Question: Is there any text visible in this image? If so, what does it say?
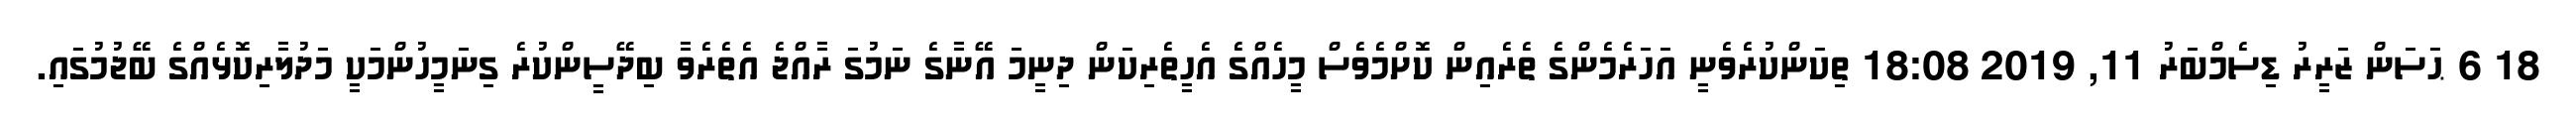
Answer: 18 6 ޙަސަން ޒަރީރު ޑިސެމްބަރު 11, 2019 18:08 ތިކަންކުރެވެނީ އަހަރެމެންގެ ތެރެއިން ކޮށްމެވެސް މީހެއްގެ އެހީތެރިކަން ދިނީމަ އޭނާގެ ނަމުގަ ރާއްޖެ އެތެރެވާ ބިދޭސީންކުރެ ގިނަމީހުންމަކީ މަދުލާރިކޮޅެއްގެ ބޭޖުމުގައި.